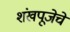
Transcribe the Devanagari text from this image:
शंखपूजेचे